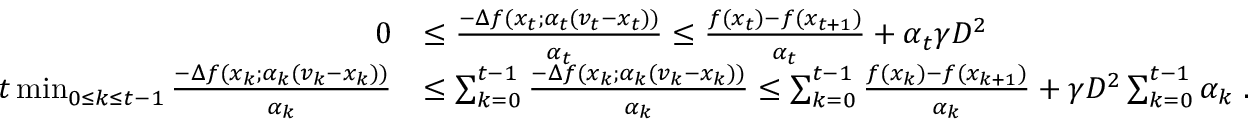
\begin{array} { r l } { 0 } & { \leq \frac { - \Delta f ( x _ { t } ; \alpha _ { t } ( v _ { t } - x _ { t } ) ) } { \alpha _ { t } } \leq \frac { f ( x _ { t } ) - f ( x _ { t + 1 } ) } { \alpha _ { t } } + \alpha _ { t } \gamma D ^ { 2 } } \\ { t \operatorname* { m i n } _ { \substack { 0 \leq k \leq { t - 1 } } } \frac { - \Delta f ( x _ { k } ; \alpha _ { k } ( v _ { k } - x _ { k } ) ) } { \alpha _ { k } } } & { \leq \sum _ { k = 0 } ^ { t - 1 } \frac { - \Delta f ( x _ { k } ; \alpha _ { k } ( v _ { k } - x _ { k } ) ) } { \alpha _ { k } } \leq \sum _ { k = 0 } ^ { t - 1 } \frac { f ( x _ { k } ) - f ( x _ { k + 1 } ) } { \alpha _ { k } } + \gamma D ^ { 2 } \sum _ { k = 0 } ^ { t - 1 } \alpha _ { k } \; . } \end{array}